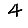
Digit: 4